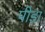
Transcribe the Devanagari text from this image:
पीडा़